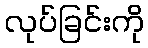
လုပ်ခြင်းကို